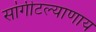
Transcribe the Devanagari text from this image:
सांगीटल्याणाय